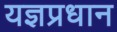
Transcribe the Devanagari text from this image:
यज्ञप्रधान